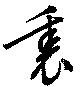
裏